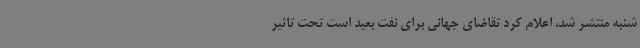
شنبه منتشر شد، اعلام کرد تقاضای جهانی برای نفت بعید است تحت تاثیر